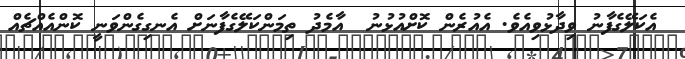
އެކަލޭގެފާނު ވިދާޅުވިއެވެ. އެއުރެން ކޮށްއުޅުނު  އާމެދު ތިމަންކަލޭގެފާނަށް އެނގިގެންވަނީ ކޮންއެއްޗެއް